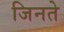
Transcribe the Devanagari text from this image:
जिनते